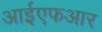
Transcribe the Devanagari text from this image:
आईएफआर